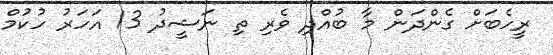
ރީހެބަށް ގެންދަން މާ ބުއްދި ވެރި ތި ނަޝީދު 13 އަހަރު ހުކުމް